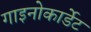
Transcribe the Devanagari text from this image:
गाइनोकार्डेट